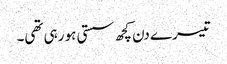
تیسرے دن کچھ سستی ہو رہی تھی۔